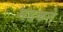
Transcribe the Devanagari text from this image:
भडकते